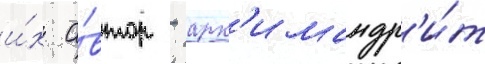
и́х а́втор - арх'имандр'и́т